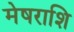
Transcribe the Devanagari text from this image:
मेषराशि